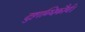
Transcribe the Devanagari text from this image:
दुष्टाब्धिकौर्व।